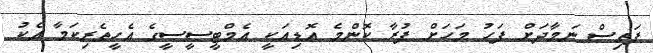
ފަތިސް ނަމާދަށް ފަހު މަހަށް ފުރާ ކޮންމެ އޮޑިއަކީ އެމްޓީސީސީގެ އެހީތެރިކަމާ އެކު